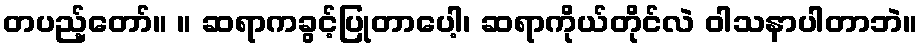
တပည့်တော်။ ။ ဆရာကခွင့်ပြုတာပေါ့၊ ဆရာကိုယ်တိုင်လဲ ဝါသနာပါတာဘဲ။